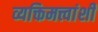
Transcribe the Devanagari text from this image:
व्यक्तिमत्त्वांशी